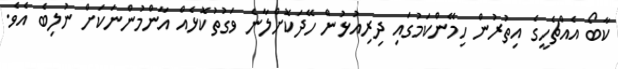
ކާބޯ އެއްޗެހީގެ އިތުރުން ހިމޭންކަމުގައި ދިރިއުޅުން ހޭދަކޮށްލާނެ ވަގުތުކޮޅެއް އާންމުންނަކަށް ނުލިބެ އެވެ.